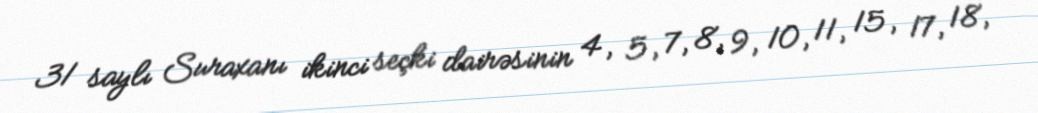
31 saylı Suraxanı ikinci seçki dairəsinin 4, 5, 7, 8, 9, 10, 11, 15, 17, 18,